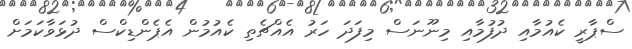
ސްޕާރީ ކެއުމާއި ދުފުމާއި މިނޫނަސް މިފަދަ ހަރު އެއްޗެތި ކެއުމުން އެޕެންޑިކްސް ދުޅަވާކަމަށް